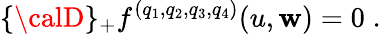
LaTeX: \{ {\calD}\} _{+}f^{(q_{1},q_{2},q_{3},q_{4})}(u,\mathbf{w})=0\; .